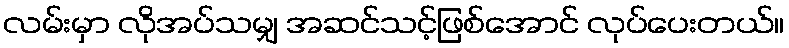
လမ်းမှာ လိုအပ်သမျှ အဆင်သင့်ဖြစ်အောင် လုပ်ပေးတယ်။